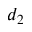
d _ { 2 }